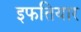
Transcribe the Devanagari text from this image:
इफतियार